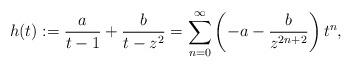
LaTeX: \begin{align*} h(t):=\frac{a}{t-1}+\frac{b}{t-z^{2}}=\sum_{n=0}^{\infty}\left(-a-\frac{b}{z^{2n+2}}\right)t^{n},\end{align*}